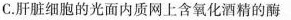
C.肝脏细胞的光面内质网上含氧化酒精的酶